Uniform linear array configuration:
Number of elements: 4
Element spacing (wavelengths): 0.5
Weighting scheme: exponential
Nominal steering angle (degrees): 30
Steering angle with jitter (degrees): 29.703
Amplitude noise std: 0.05
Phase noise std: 0.05

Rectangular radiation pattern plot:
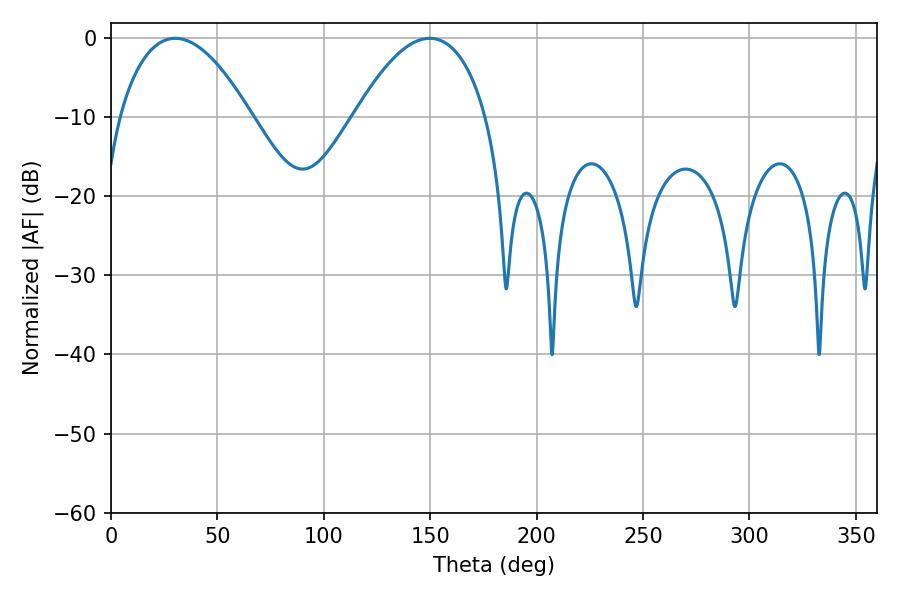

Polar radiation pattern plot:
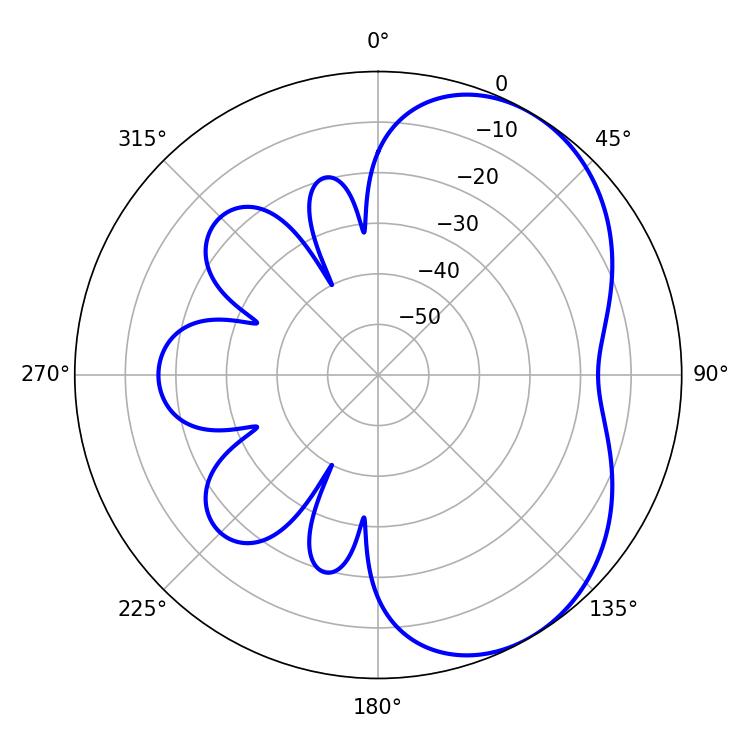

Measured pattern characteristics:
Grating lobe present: FALSE
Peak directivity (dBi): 4.745
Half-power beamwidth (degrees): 34.38
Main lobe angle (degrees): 30.24